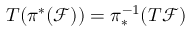
T ( \pi ^ { * } ( { \mathcal F } ) ) = \pi _ { * } ^ { - 1 } ( T { \mathcal F } )